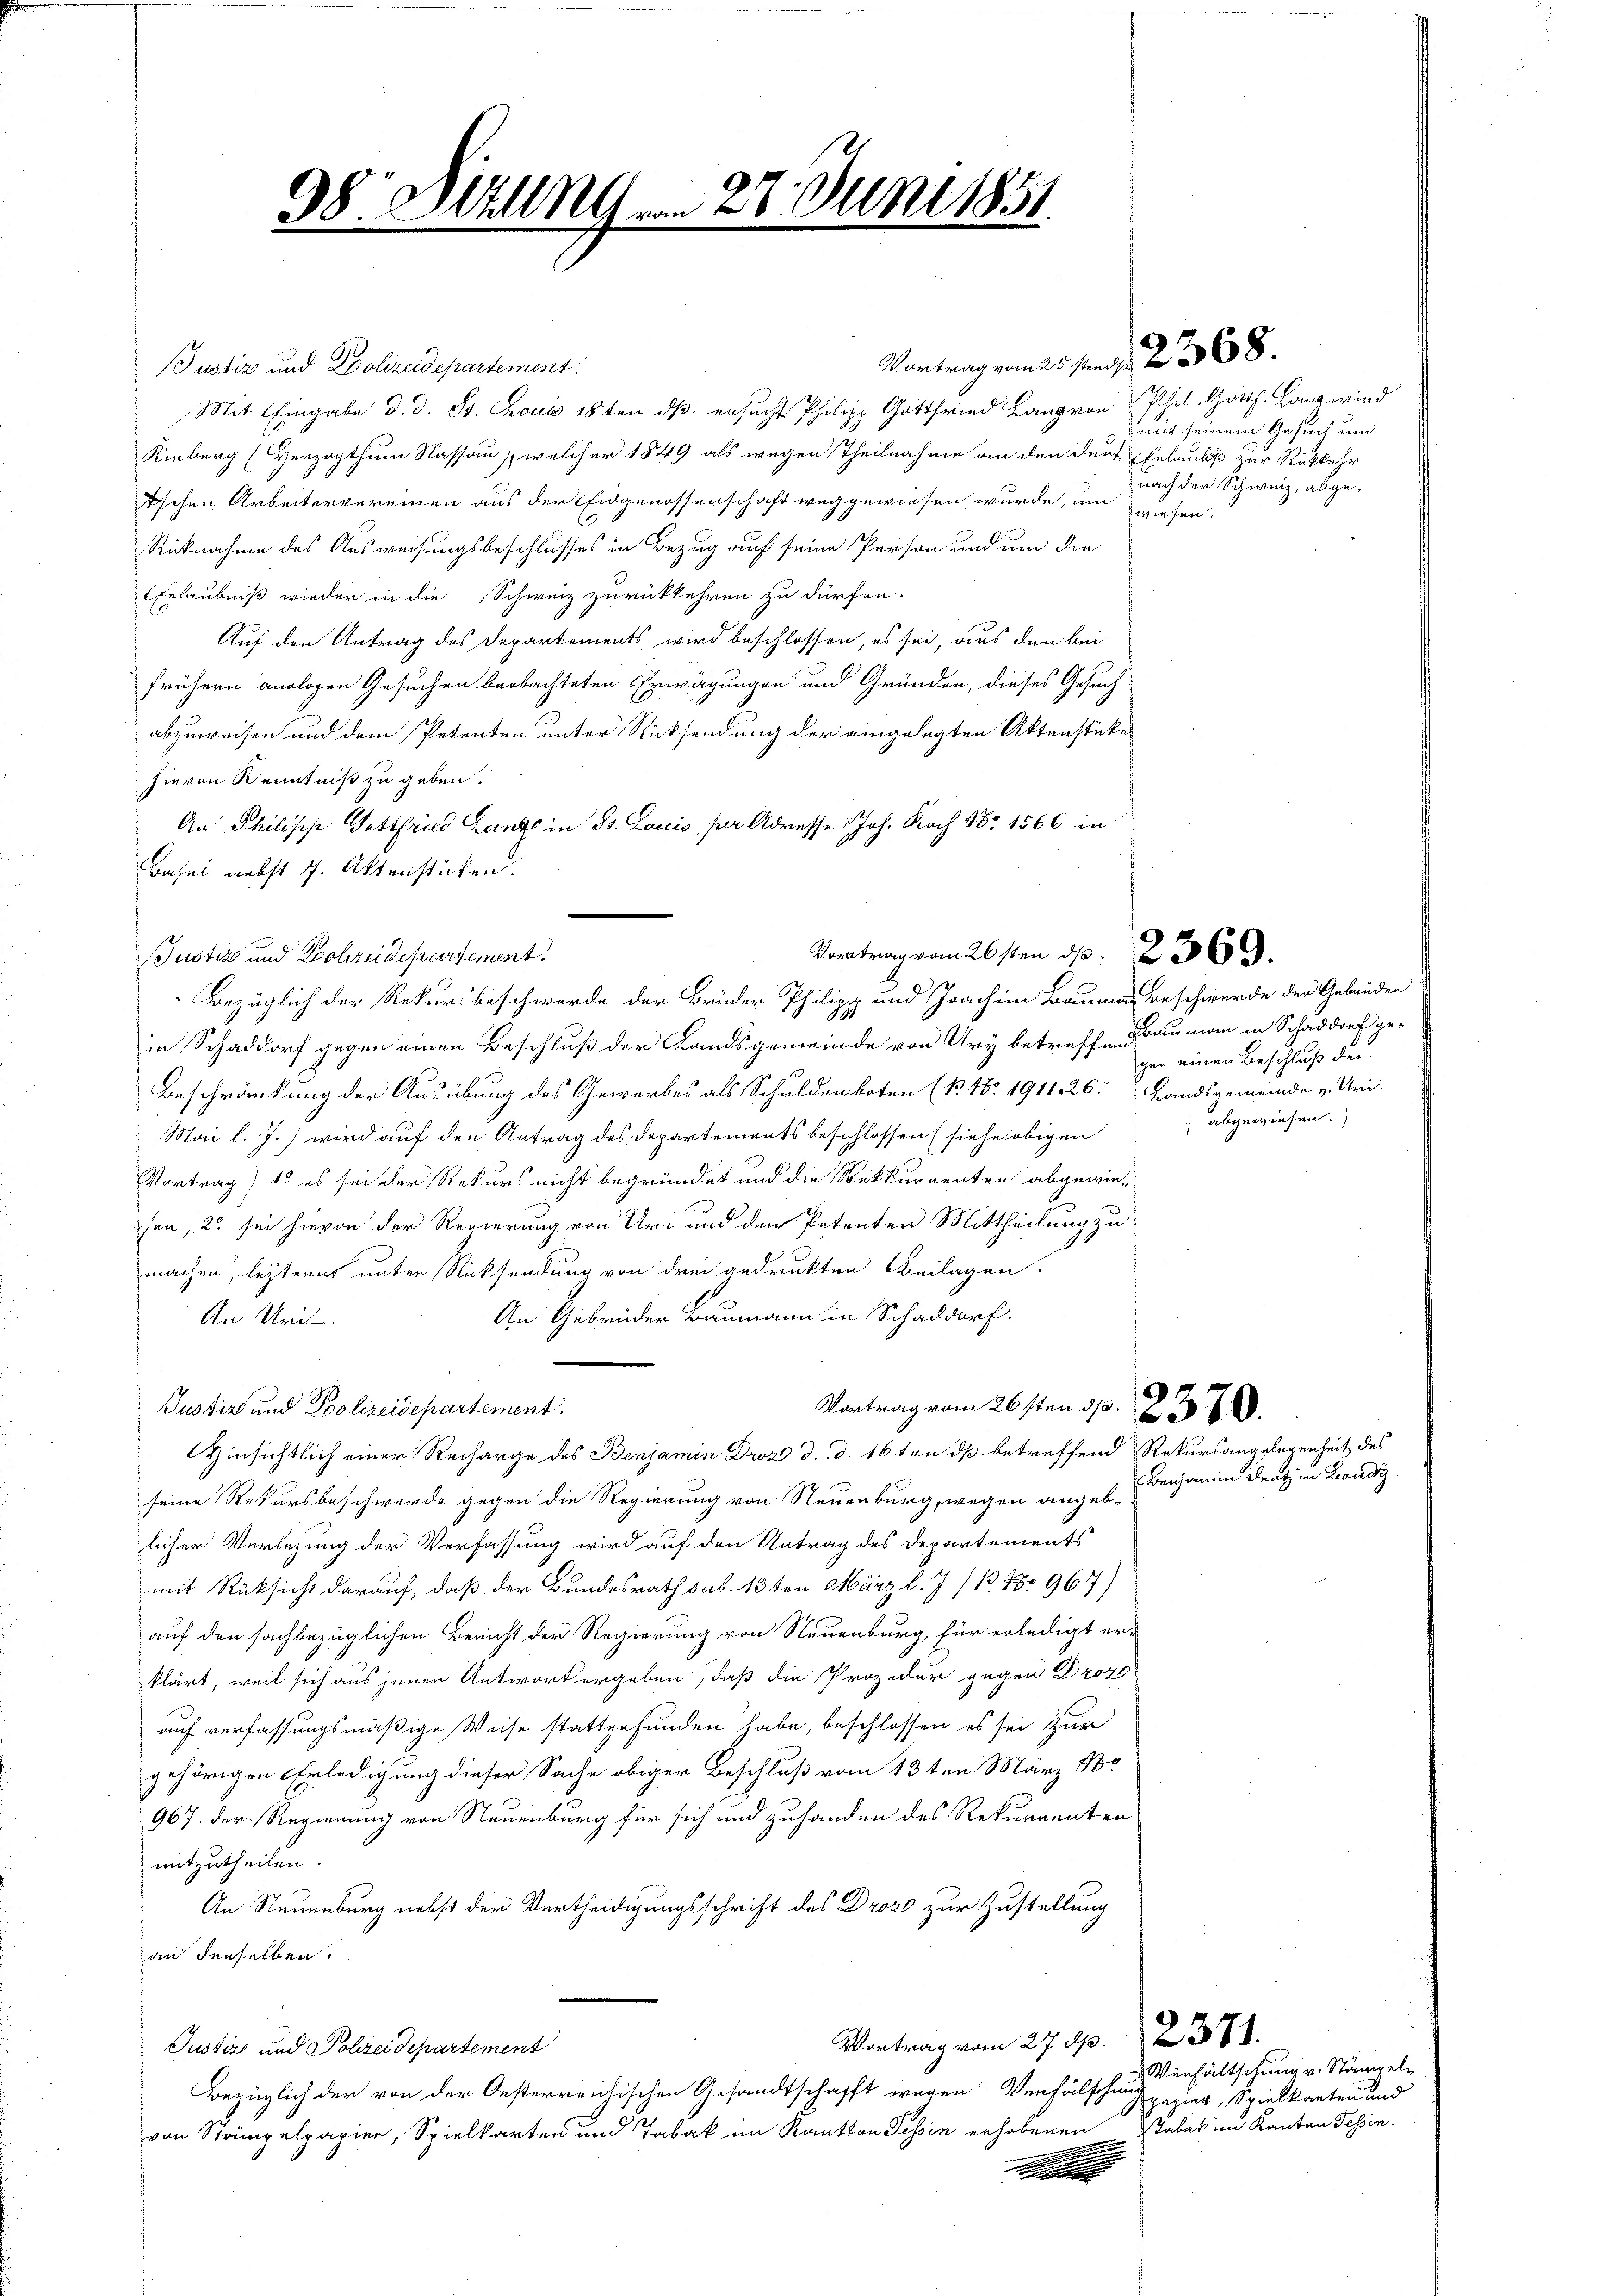
38 Wille vom 27. Juni 1851
u

Justiz und Polizeidepartement.
Mit Eingabe d. d. Js. Thouis 18ten dß ersucht Philipp Gottfried Lang von
Kirberg (Herzogthum Nassau), welcher 1849 als wegen Theilnahme an den der Erlaubs zur Rückkehr
Tschen Arbeitervereinen aus der Eidgenossenschaft weggewiesen wurde, um wiesen.
1
Rücknahme des Ausweisungsbeschlusses in Bezug auf seine Person und um die
Erlaubniß wieder in die Schweiz zurückkehren zu dürfen.
Auf den Antrag des Departements wird beschlossen, es sei, aus den bei
frühern analogen Gesuchen beobachteten Erwägungen und Gründen, dieses Gesuch
abzuweisen und dem Petenten unter Rücksendung der eingelegten Aktenstückes
hievon Kenntniß zu geben.
An Philische Gottfried Lanz in St. Louis, per Adresse: Joh. Nach 18 1566 in
Basel nebst 7. Aktenstücken.
in Schaddorf gegen einen Beschluß der Landsgemeinde von Ury betreff Baumann in Schaddorf ge-
Beschränkung der Ausübung des Gewerbes als Schuldenboten (B. No 1911 26: Landsgemeinde v. Uri.
Mai l. J.) wird auf den Antrag des Departements beschlossen (siehe obigen
Vortrag) 15 es sei der Rekurs nicht begründet und die Bekkurrenten abgewiesen, 2 sei hievon der Regierung von Uri und den Petenten Mittheilung zu
machen, lezteres unter Rücksendung von drei gedruckten Beilagen.
An Gebrüder Baumann in Schaddorf.
An Uri

Justiz und Polizeidepartement.
Vortrag vom 26sten d. 237.
Hinsichtlich einer Recharge des Benjamin Droz d. d. 16 ten ds betreffend Rekursangelegenheit des
seine Rekursbeschwerde gegen die Regierung von Neuenburg, wegen angeblicher Verlegung der Verfassung wird auf den Antrag des Departements
mit Rücksicht darauf, daß der Bundesrath sub. 13ten März l. J. P. No 967)
auf den sachbezüglichen Bericht der Regierung von Neuenburg, für erledigt er-
klärt, weil sich aus jener Antwort ergeben, daß die Prozedur gegen Droze
auf verfassungsmäßige Weise stattgefunden habe, beschlossen es sei zur
gehörigen Erledigung dieser Sache obiger Beschluß vom 13ten März 18
967. der Regierung von Neuenburg für sich und zuhanden des Rekurrenten
mitzutheilen.
An Steuenburg nebst der Vertheidigungsschrift des Droz zur Zustellung
an denselben.
Vortrag vom 27. 10. 237.
Justiz und Polizei Departement
Bezüglich der von der Oesterreichischen Gesandtschafft wegen Verfälschung hier, Spielkarten und
von Stämpelpapier, Spielkarten und Tabak im Kanton Tessin erhobenen Stabat im Kanton Tessin.

Justiz und Polizeidepartement.

Vortrag vom 25sten 2. 368.

Vortrag vom 26sten d. 2369.
Bezüglich der Rekursbeschwerde der Brüder Philipp und Joachim Baumann Beschwerde der Gebäuden

Phel. Gotth. Lang wird
mit seinem Gesuch und
nach der Schweiz, abge¬

gen einen Beschluß der
 abgewiesen.

Benjamin Deutz in Londi

Verhältschung v. Stumpel¬